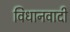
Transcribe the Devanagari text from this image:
विधानवादी